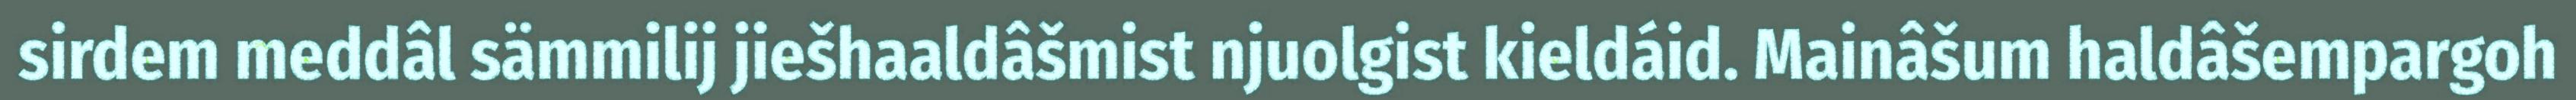
sirdem meddâl sämmilij jiešhaaldâšmist njuolgist kieldáid. Mainâšum haldâšempargoh